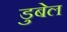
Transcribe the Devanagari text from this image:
डुबेल